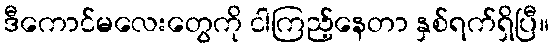
ဒီကောင်မလေးတွေကို ငါကြည့်နေတာ နှစ်ရက်ရှိပြီ။